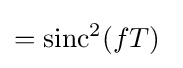
=\mathrm {sinc} ^{2}(fT)\